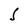
Character: S